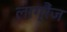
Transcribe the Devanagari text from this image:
लाग्रैंज